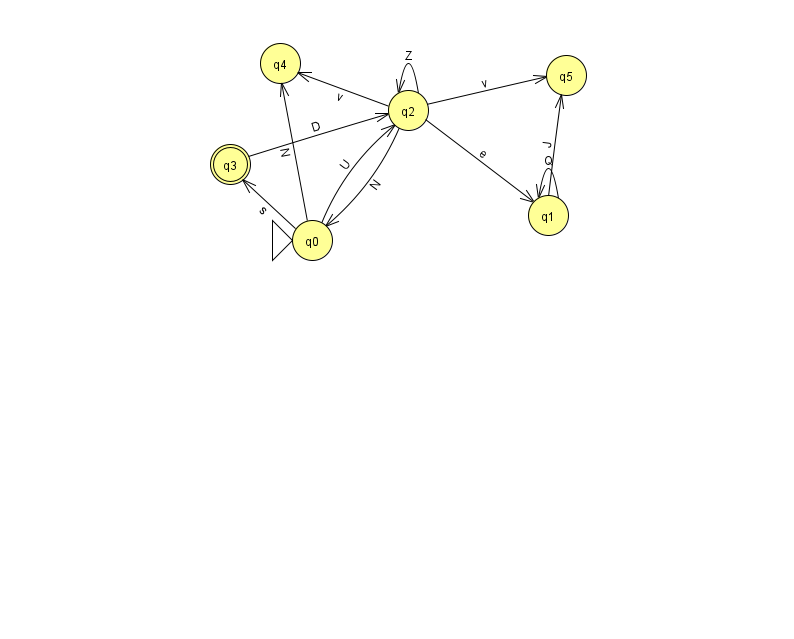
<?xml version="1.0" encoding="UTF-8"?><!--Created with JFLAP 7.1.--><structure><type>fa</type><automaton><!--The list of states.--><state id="0" name="q0"><x>312.0</x><y>227.0</y><initial/></state><state id="1" name="q1"><x>548.0</x><y>202.0</y></state><state id="2" name="q2"><x>408.0</x><y>97.0</y></state><state id="3" name="q3"><x>230.0</x><y>151.0</y><final/></state><state id="4" name="q4"><x>280.0</x><y>50.0</y></state><state id="5" name="q5"><x>566.0</x><y>62.0</y></state><!--The list of transitions.--><transition><from>1</from><to>1</to><read>Q</read></transition><transition><from>1</from><to>5</to><read>J</read></transition><transition><from>2</from><to>4</to><read>v</read></transition><transition><from>0</from><to>2</to><read>U</read></transition><transition><from>2</from><to>1</to><read>e</read></transition><transition><from>0</from><to>3</to><read>s</read></transition><transition><from>2</from><to>2</to><read>Z</read></transition><transition><from>0</from><to>4</to><read>N</read></transition><transition><from>2</from><to>5</to><read>v</read></transition><transition><from>2</from><to>0</to><read>N</read></transition><transition><from>3</from><to>2</to><read>D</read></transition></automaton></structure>